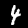
Label: 4